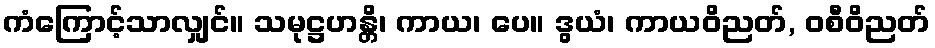
ကံကြောင့်သာလျှင်။ သမုဋ္ဌဟန္တိ၊ ကာယ၊ ပေ။ ဒွယံ၊ ကာယဝိညတ်, ဝစီဝိညတ်